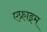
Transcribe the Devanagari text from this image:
एफ्राइम